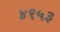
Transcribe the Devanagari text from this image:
४१५३